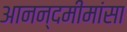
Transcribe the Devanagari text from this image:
आनन्दमीमांसा